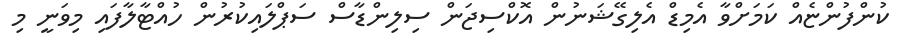
ކުންފުންޏެއް ކަމަށްވާ އެމިޑް އެލިގޭޝަނުން އޮކްސިޖަން ސިލިންޑާސް ސަޕްލައިކުރުން ހުއްޓާލާފައި މިވަނީ މި